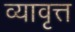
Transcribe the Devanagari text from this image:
व्यावृत्त